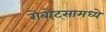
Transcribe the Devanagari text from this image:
रोबोट्सामध्ये